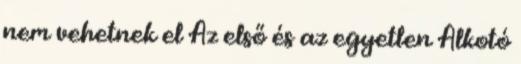
nem vehetnek el Az első és az egyetlen Alkotó